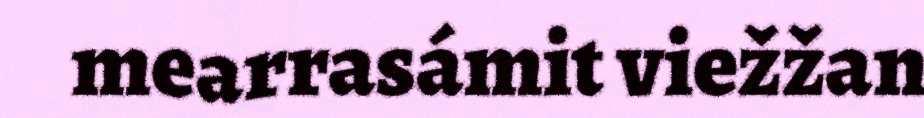
mearrasámit viežžan